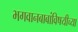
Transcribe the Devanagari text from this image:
भगवानबाबांविषयीच्या